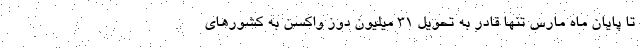
تا پایان ماه مارس تنها قادر به تحویل ۳۱ میلیون دوز واکسن به کشورهای